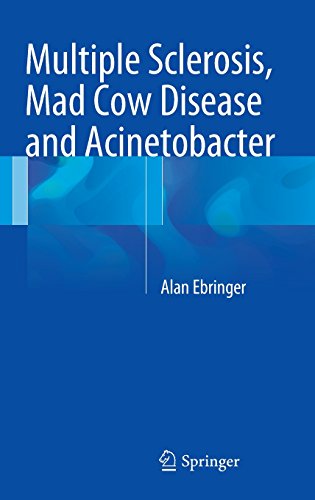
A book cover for Multiple Sclerosis, Mad Cow Disease and Acinetobacter; Alan Ebringer; Medical Books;